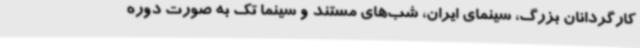
کارگردانان بزرگ، سینمای ایران، شب‌های مستند و سینما تک به صورت دوره